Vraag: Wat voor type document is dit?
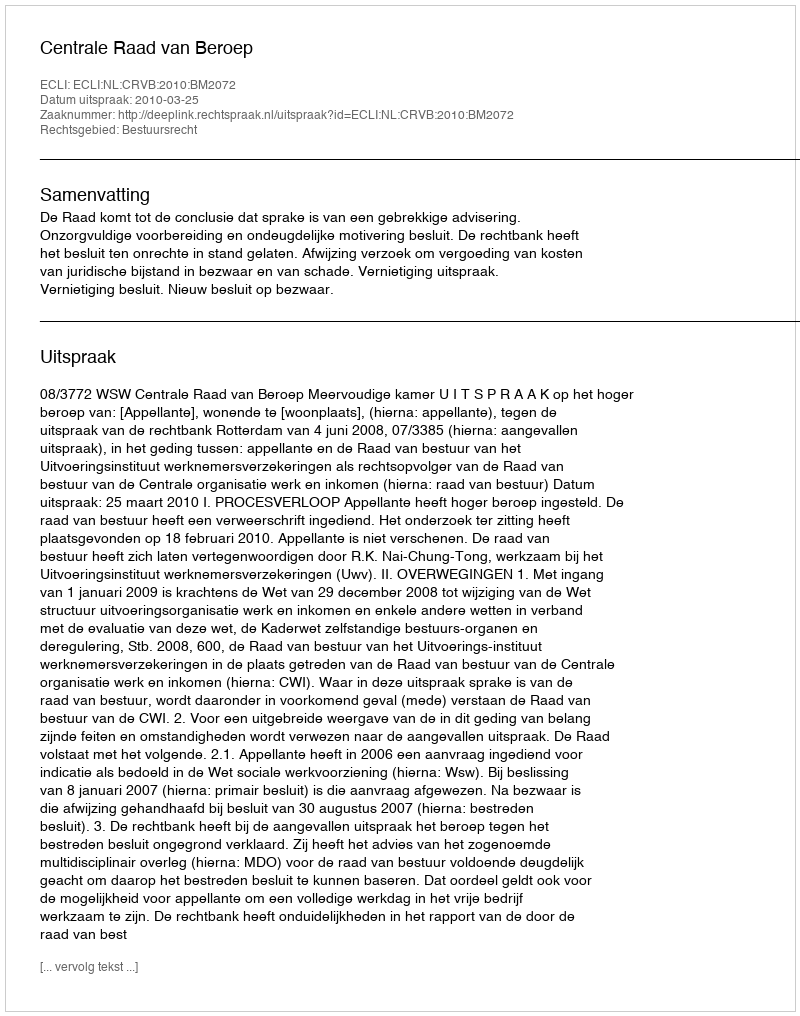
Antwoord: Uitspraak